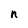
Character: n